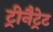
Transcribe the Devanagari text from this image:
ट्रीनैट्रेट